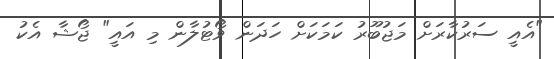
"އެއީ ސަރުކާރަށް މަޖުބޫރު ކަމަކަށް ހަދަން ވޯޓުލާން މި އައީ" ޖޯޝާ އެކު